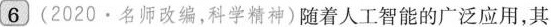
6 (2020.名师改编，科学精神) 随着人工智能的广泛应用，其